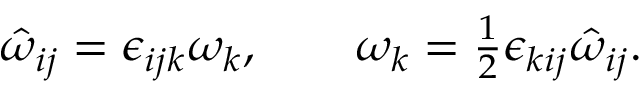
\begin{array} { r } { \hat { \omega } _ { i j } = \epsilon _ { i j k } \omega _ { k } , \qquad \omega _ { k } = \frac 1 2 \epsilon _ { k i j } \hat { \omega } _ { i j } . } \end{array}